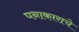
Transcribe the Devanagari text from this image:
घनाकाराचे